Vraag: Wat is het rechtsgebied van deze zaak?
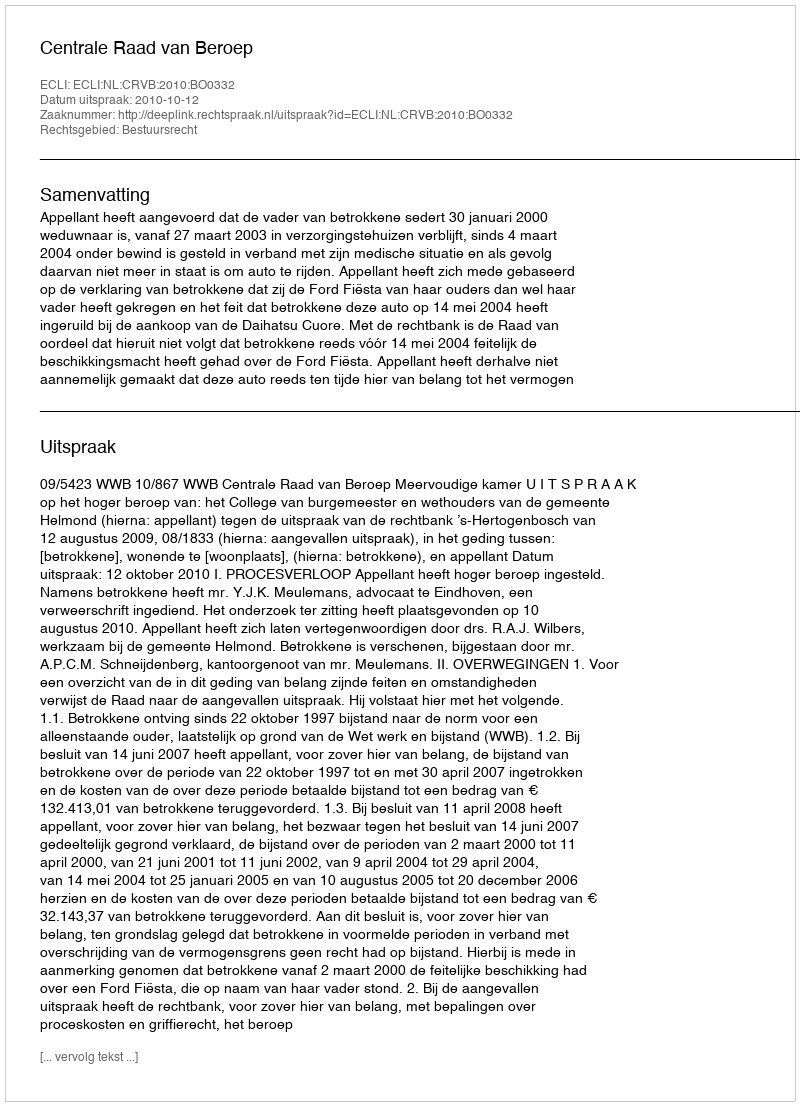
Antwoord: Bestuursrecht